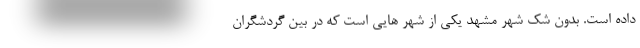
داده است. بدون شک شهر مشهد یکی از شهر هایی است که در بین گردشگران